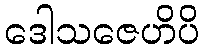
ဒေါသဇေဟိပိ